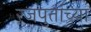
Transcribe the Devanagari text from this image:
रजपुतांच्या